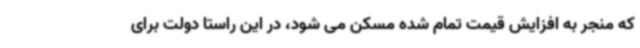
که منجر به افزایش قیمت تمام شده مسکن می شود، در این راستا دولت برای